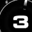
Digit: 3